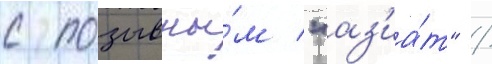
с позывны́м "аз'иа́т" /